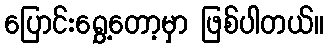
ပြောင်းရွှေ့တော့မှာ ဖြစ်ပါတယ်။